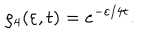
LaTeX: \varrho _ { 4 } ( \varepsilon , t ) = e ^ { - \varepsilon / 4 t } \nonumber .